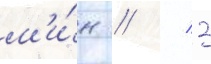
м'и́н // / 3